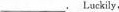
____，Luckily,